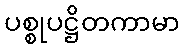
ပစ္စုပဋ္ဌိတကာမာ